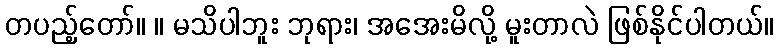
တပည့်တော်။ ။ မသိပါဘူး ဘုရား၊ အအေးမိလို့ မူးတာလဲ ဖြစ်နိုင်ပါတယ်။